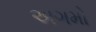
અગમો